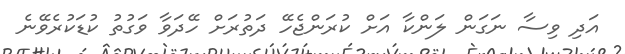
އަދި ވިސާ ނަގަން ލަންކާ އަށް ކުރަންޖެހޭ ދަތުރަށް ހޭދަވާ ވަގުތު ކުޑަކުރެވޭނެ